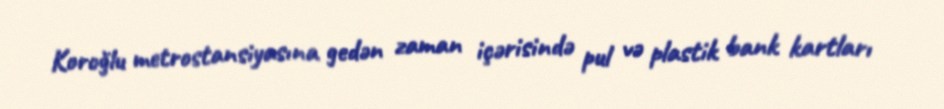
Koroğlu metrostansiyasına gedən zaman içərisində pul və plastik bank kartları